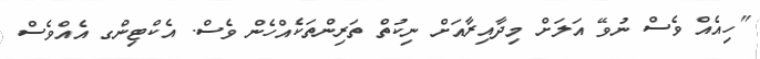
"ހިއެއް ވެސް ނުވޭ އަލަށް މިދާއިރާއަށް ނިކުތް ތަރިންތަކެއްހެން ވެސް. އެކްޓިންގ އެއްވެސް